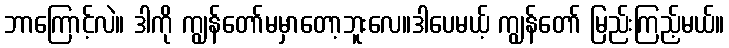
ဘာကြောင့်လဲ။ ဒါကို ကျွန်တော်မမှာတော့ဘူးလေ။ဒါပေမယ့် ကျွန်တော် မြည်းကြည့်မယ်။